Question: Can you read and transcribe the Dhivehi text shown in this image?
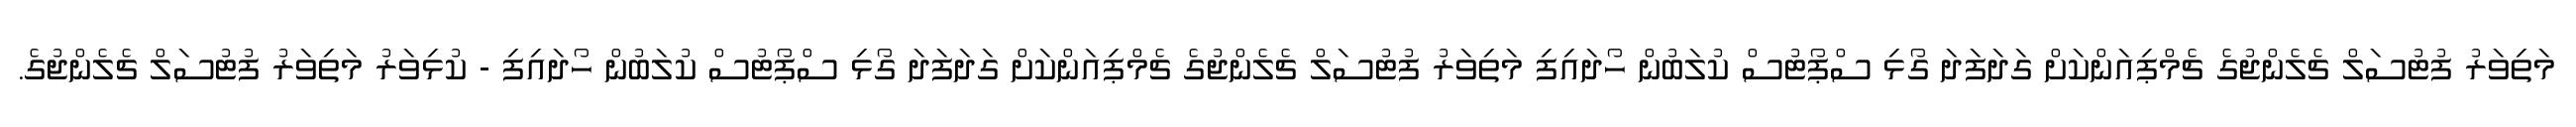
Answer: މަތިވަރު ފުޓުސަލް ޗެލެންޖުގެ ޗެމްޕިއަންކަށް ގަދަފަދަ ގޯޅި ސްޕޯޓުސް ކުލަބުން ހޯދައިފި މަތިވަރު ފުޓުސަލް ޗެލެންޖުގެ ޗެމްޕިއަންކަށް ގަދަފަދަ ގޯޅި ސްޕޯޓުސް ކުލަބުން ހޯދައިފި - ކުޅިވަރު މަތިވަރު ފުޓުސަލް ޗެލެންޖުގެ.